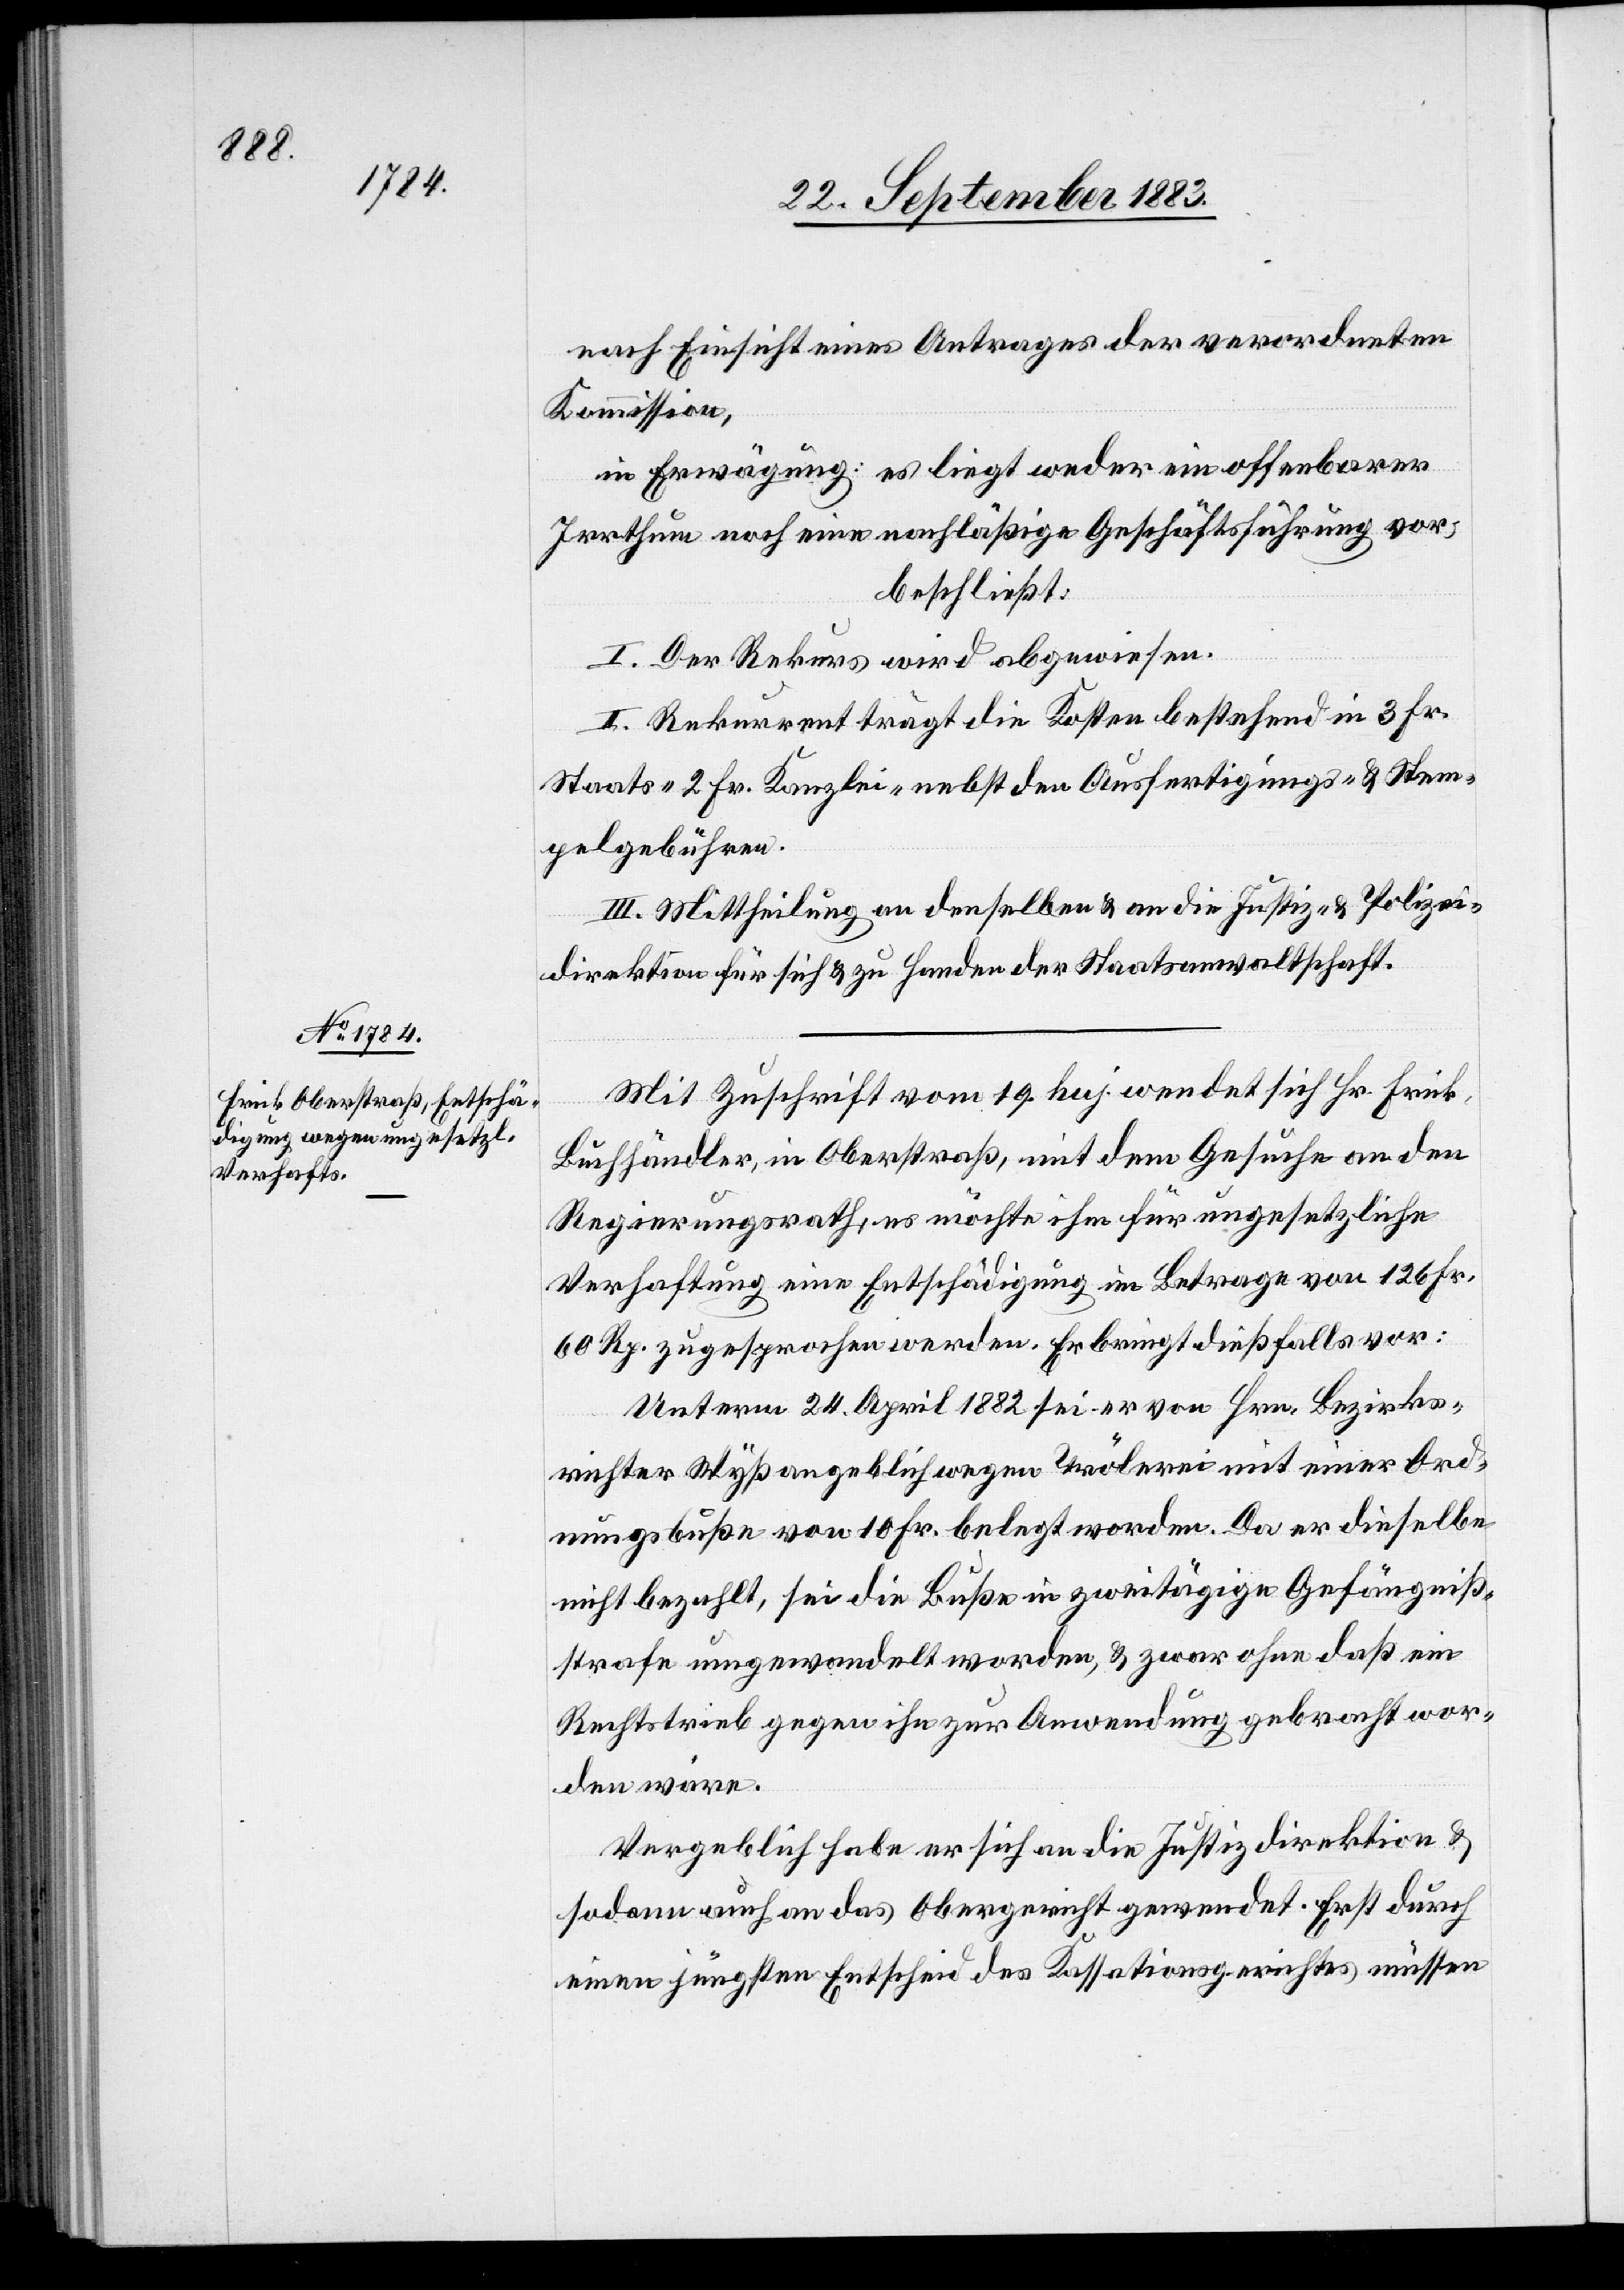
Mit Zuschrift vom 19. huj. wendet sich Hr. Frick,
Buchhändler, in Oberstraß, mit dem Gesuche an den
Regierungsrath, es möchte ihm für ungesetzliche
Verhaftung eine Entschädigung im Betrage von 126 Fr.
60 Rp. zugesprochen werden. Er bringt dießfalls vor:
Unterm 24. April 1882 sei er von Hrn. Bezirks¬
richter Wyß angeblich wegen Trölerei mit einer Ord¬
nungsbuße von 10 Fr. belangt worden. Da er dieselbe
nicht bezahlt, sei die Buße in zweitägige Gefängniß¬
strafe umgewandelt worden, & zwar ohne daß ein
Rechtstrieb gegen ihn zu Anwendung gebracht wor¬
den wäre.
Vergeblich habe er sich an die Justizdirektion &
sodann auch an das Obergericht gewendet. Erst durch
einen jüngsten Entscheid des Kassationsgerichtes müssen